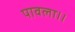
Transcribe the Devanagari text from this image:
पावला।।